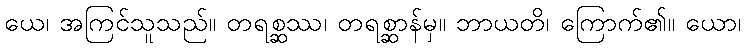
ယေ၊ အကြင်သူသည်။ တရစ္ဆဿ၊ တရစ္ဆာန်မှ။ ဘာယတိ၊ ကြောက်၏။ ယော၊